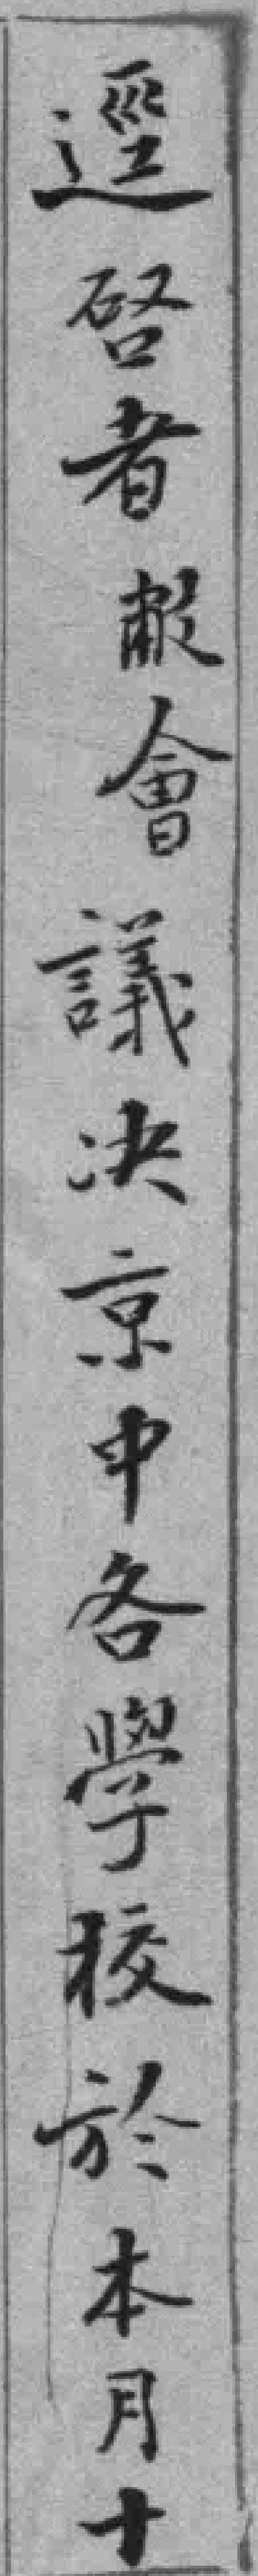
逕唘者敝會議决京中各學校於本月十